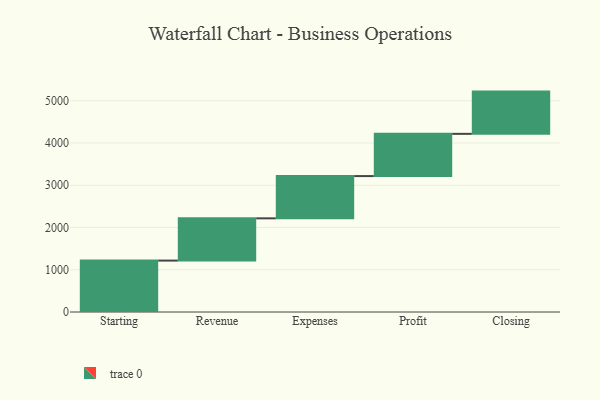
{"axis": {"x": "Step", "y": "Value"}, "legend": [""], "data": [{"x": "Starting", "y": 1217.0, "type": ""}, {"x": "Revenue", "y": 1000, "type": ""}, {"x": "Expenses", "y": 1000, "type": ""}, {"x": "Profit", "y": 1000, "type": ""}, {"x": "Closing", "y": 1000, "type": ""}]}